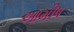
આમીષ